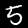
Label: 5